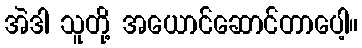
အဲဒါ သူတို့ အယောင်ဆောင်တာပေါ့။